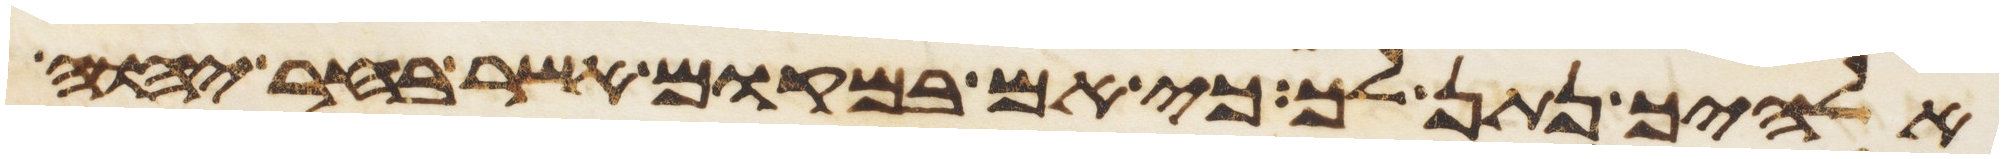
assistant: אלהיך נתן לך כי אם במקום אשר בחר יהוה